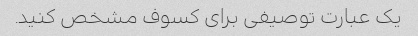
یک عبارت توصیفی برای کسوف مشخص کنید.